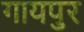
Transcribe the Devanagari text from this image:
गायपुर